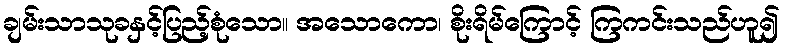
ချမ်းသာသုခနှင့်ပြည့်စုံသော။ အသောကော၊ စိုးရိမ်ကြောင့် ကြကင်းသည်ဟူ၍